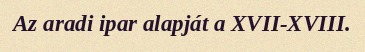
Az aradi ipar alapját a XVII-XVIII.